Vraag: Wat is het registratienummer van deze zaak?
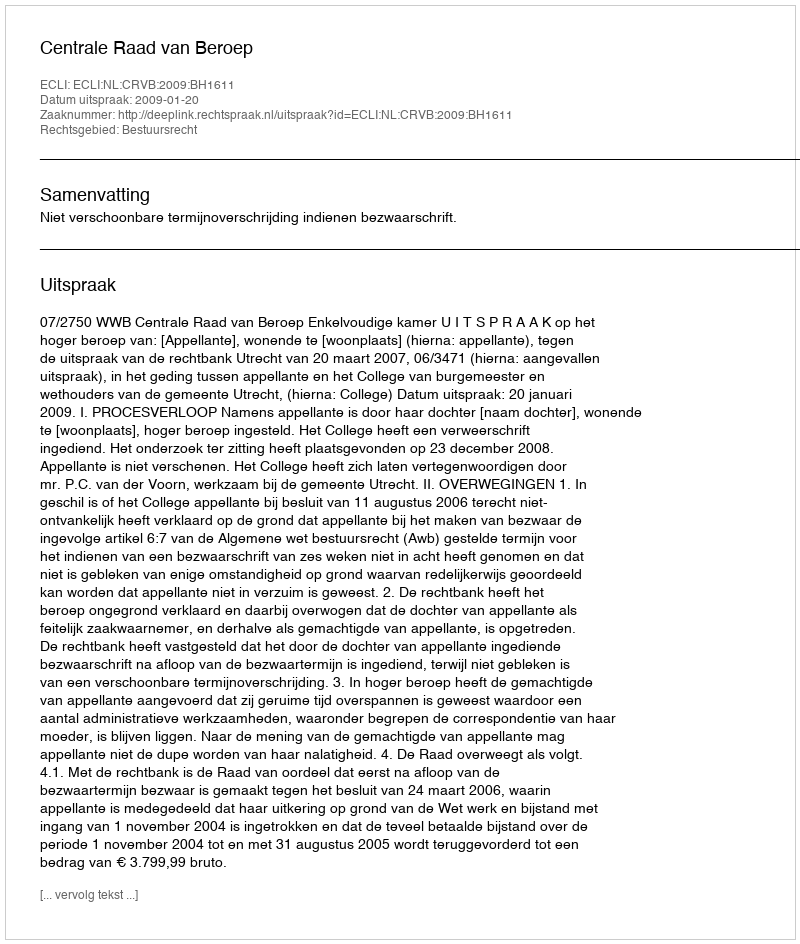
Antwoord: http://deeplink.rechtspraak.nl/uitspraak?id=ECLI:NL:CRVB:2009:BH1611